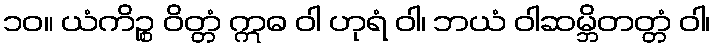
၁၀။ ယံကိဉ္စ ဝိတ္တံ ဣဓ ဝါ ဟုရံ ဝါ၊ ဘယံ ဝါဆမ္ဘိတတ္တံ ဝါ၊